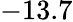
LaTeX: -13.7